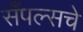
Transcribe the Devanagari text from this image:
सँपल्सचे